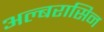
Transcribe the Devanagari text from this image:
अल्बरासिन